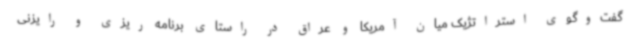
گفت‌وگوی استراتژیک میان آمریکا و عراق در راستای برنامه ریزی و رایزنی